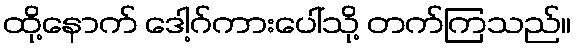
ထို့နောက် ဒေါ့ဂ်ကားပေါ်သို့ တက်ကြသည်။